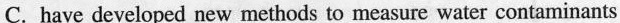
C.have developed new methods to measure water contaminants